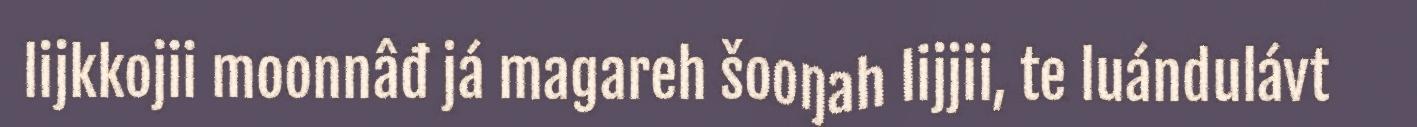
lijkkojii moonnâđ já magareh šooŋah lijjii, te luándulávt